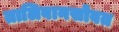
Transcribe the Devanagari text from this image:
तालिबानसोबत